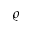
\varrho